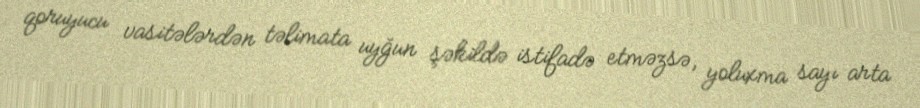
qoruyucu vasitələrdən təlimata uyğun şəkildə istifadə etməzsə, yoluxma sayı arta